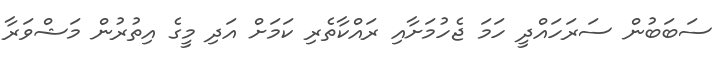
ސަބަބުން ސަރަހައްދީ ހަމަ ޖެހުމަށާއި ރައްކާތެރި ކަމަށް އަދި މީގެ އިތުރުން މަޝްވަރާ